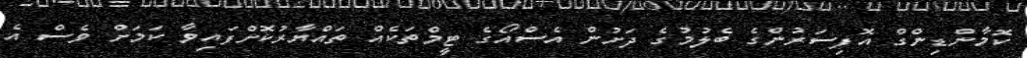
ކޮމާންޑިންގް އޮފިސަރުންގެ ބެލުމުގެ ދަށުން އެސްއޯގެ ޓީމްތަކެއް ތައްޔާރުކޮށްފައިވާ ކަމަށް ވެސް އެ